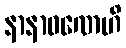
နာနာဝဏေဟိ